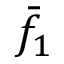
{ \bar { f } } _ { 1 }